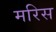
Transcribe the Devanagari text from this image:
मरिस